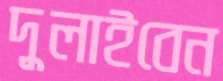
দুলাইবেন